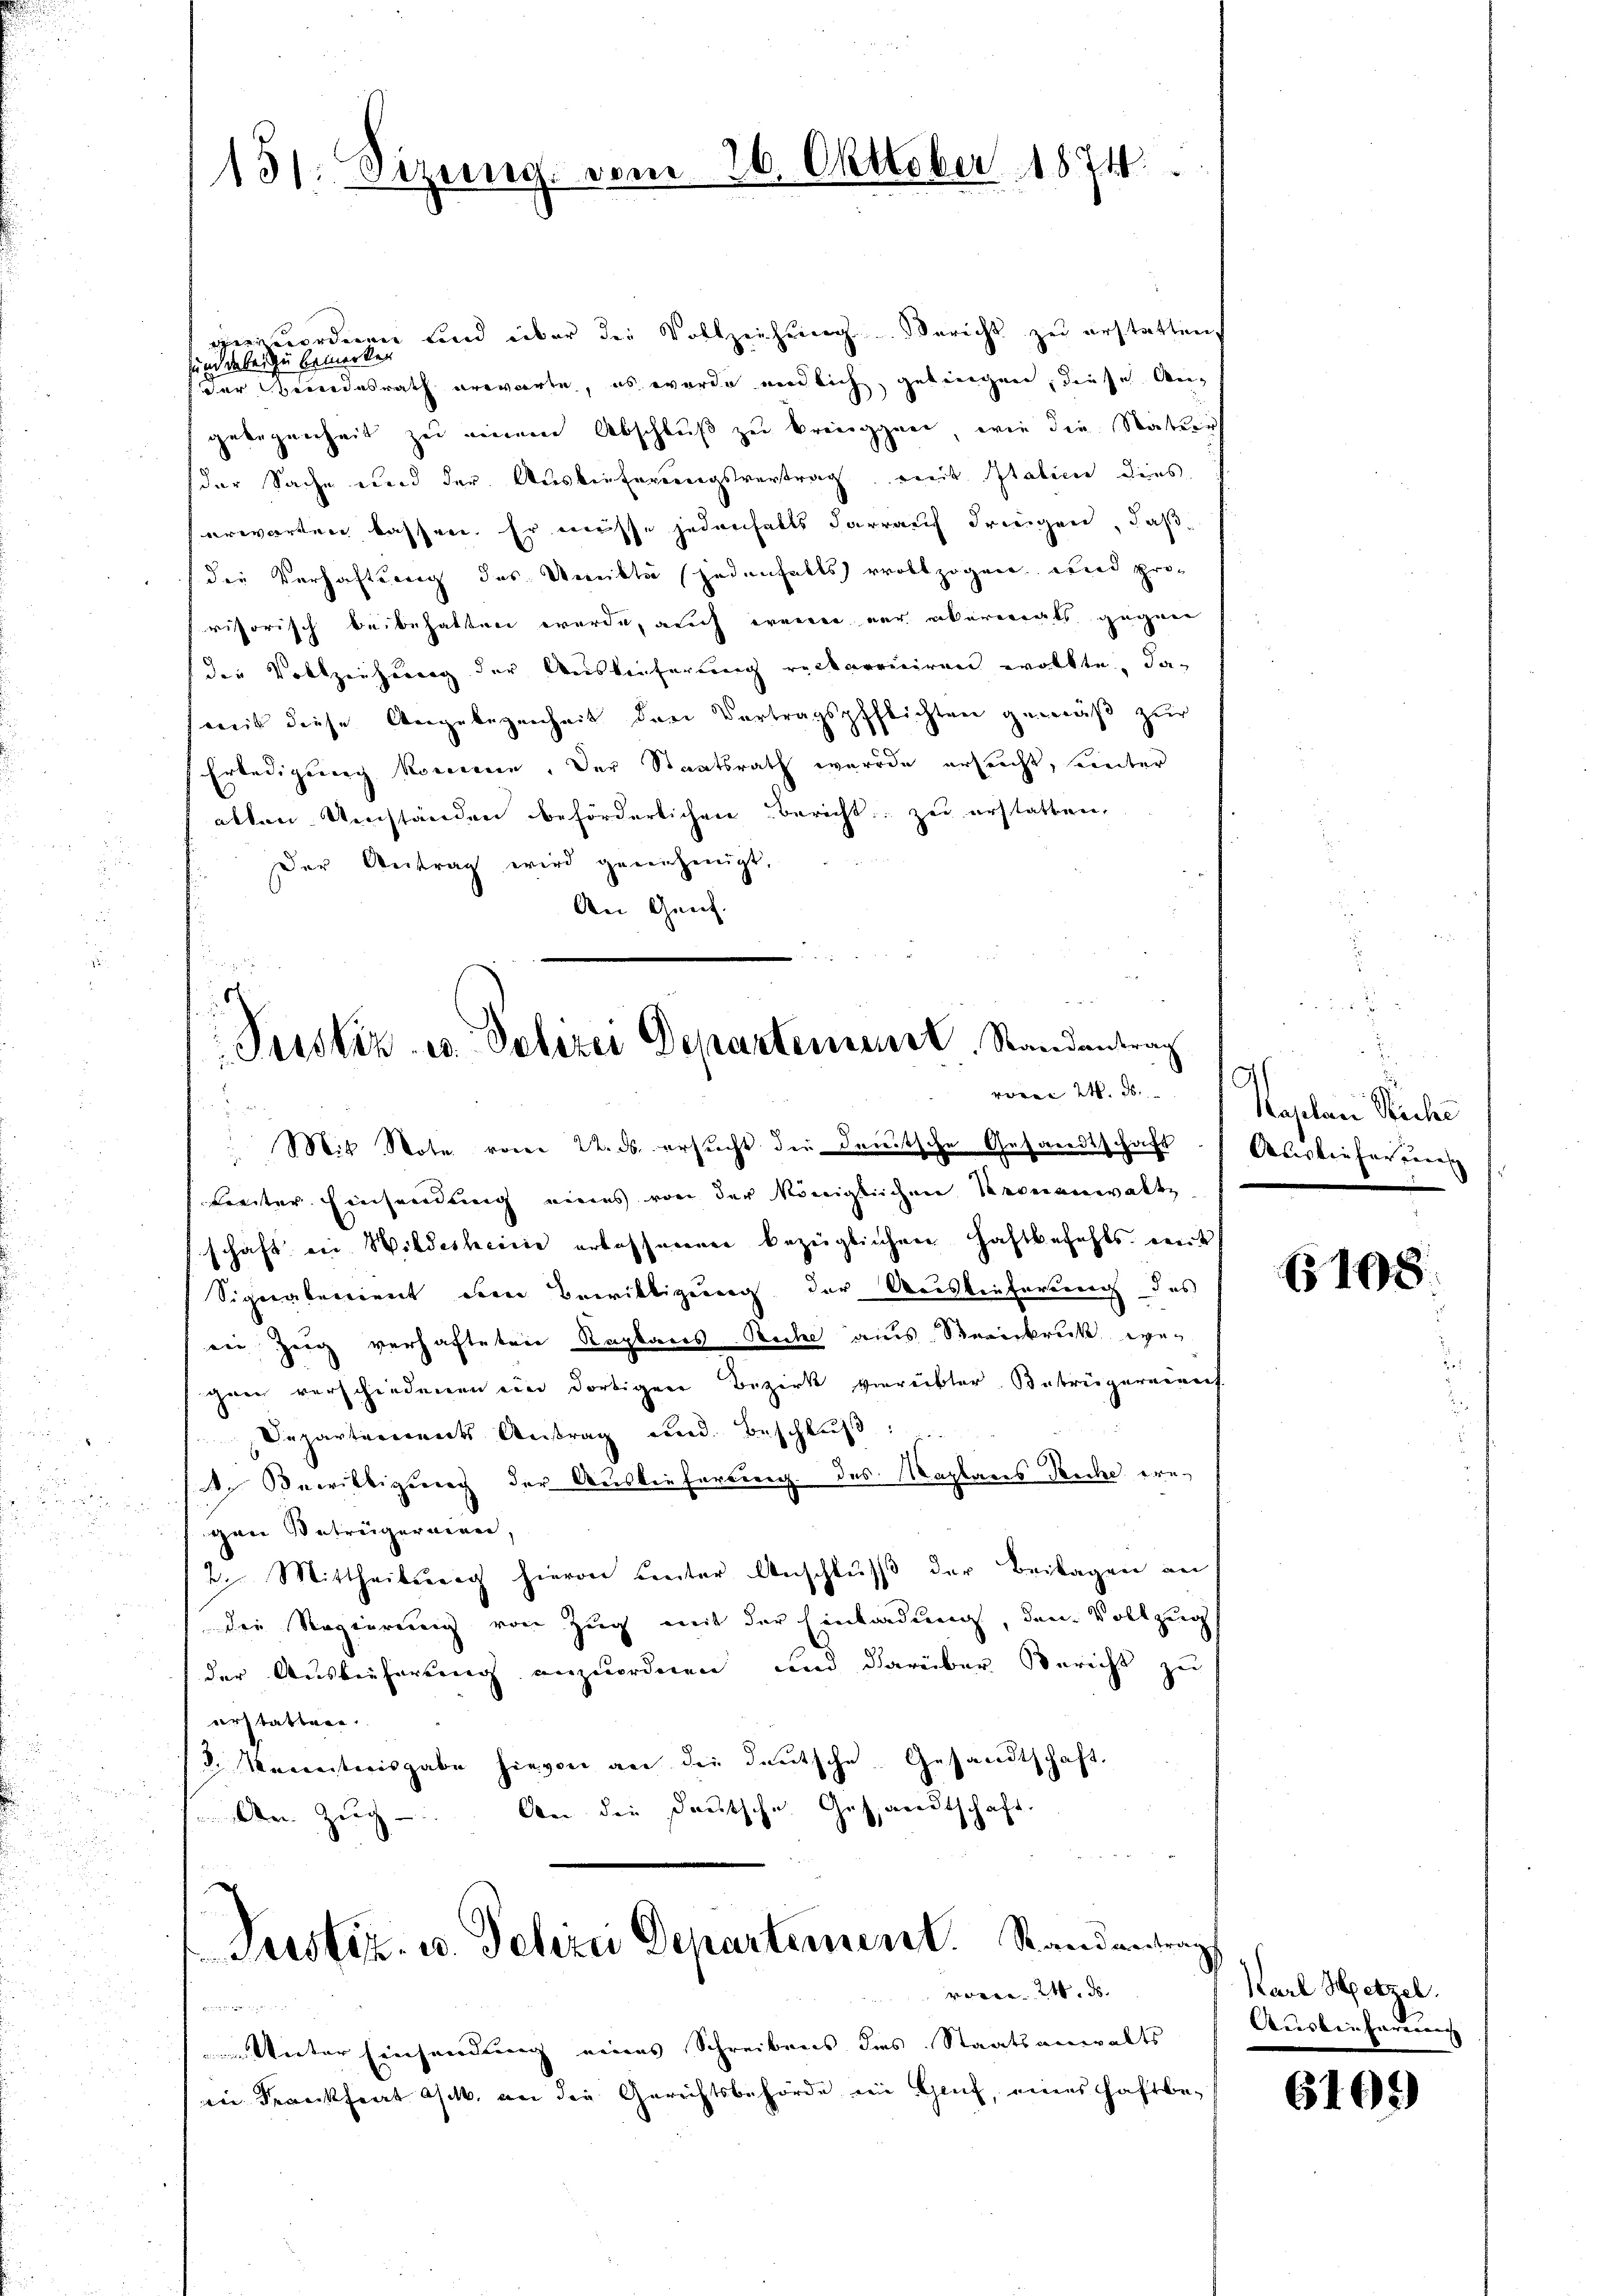
151. Sizung. vom 26. Oktober 1874.

anzuordnen und über die Vollziehung. Bericht zu erstatten,
sund dabei zu bemerken
f der Beendesrath erevierte, es wurde neclich, gelingen, diese Angelegenheit zu einem Abschluß zu bringgen, wie die Natur
der Sache und der Ausbeiterungsvertrag, mit Italien dies
erwarten lassen. Er müsse jedenfalls darauf dreigen, daß
die Verhaftung des Umikte jedenfalls vollzogen und prorisorisch beibehalten werde, auch wender nur erkereits gegen
die Vollziehung der Auslieferung reckarruiren wollte, das
mit diese Angelegenheit den Vertragspflichten gemäß zur
Erledigung kommen. Der Staatsrath wurde ersucht, einter
alten Umständen beförderlichen Bericht zu erstatten,
Der Antrag wird genehmigt,
An Genf.

Mit Note vom 22. ds. ersucht die Deutsche Gesandtschaft
treiter Einsendung eines von der Königlichen Veranwalte
schaft in Wildesheine erlassenenen bezeiglichen Haftbefehls mit
Signatomient den Bewilligung der Weislieferung des
eie Zeig verhafteten Kaplanes Riche aus Streikrück wegann verschiedenen ein dortigen Bezirk verübter Betrügereins
Departerrents Antrag und Beschlŭβ:
. Bewilligung der Auslieferung des Kaplans Recke ere-
gen Betrügeraien
2. Mittheilung hievon unter Anschluß der Beilagen an
die Regierung von Zug mit der Einladung, dem Vollzeig
der Ausleiherung anzuordnen, und darüber Bericht zu
erstatten.
/d. Vereitwisgabe hievon an die deutsche Gesandtschaft,
Der Zeug. Aber die Deutsche Gesandtschaft.

5
Pustiz- u. Polizei Departenieure, Randantrag
voren 24. d.

Weiter Einsendung eines Schreibens des Staatsanwalts
eie Krankheit Asch, an die Gerichtsbehörde in Genf, eines Haftbe¬

Justiz- u. Polizei Departement. Randantrag

vom 24. ds.

A
Kaplan Stiche
Auslieferienisc

108

¬
Karl Hetzel.
Ausbeiterung |

6109)